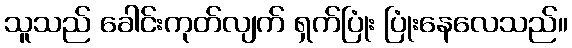
သူသည် ခေါင်းကုတ်လျက် ရှက်ပြုံး ပြုံးနေလေသည်။